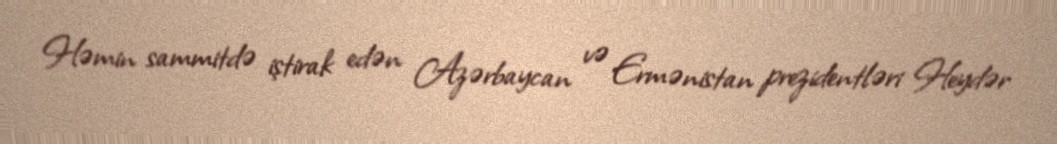
Həmin sammitdə iştirak edən Azərbaycan və Ermənistan prezidentləri Heydər